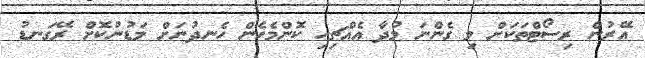
އޭރުން ރިސޯޓްތަކަށް މި ގެންނަ މުދާ އެއްޗިހި ކޮންމެހެން ހެނދުނަށް މަޑުނުކޮށް ރޭގަނޑު